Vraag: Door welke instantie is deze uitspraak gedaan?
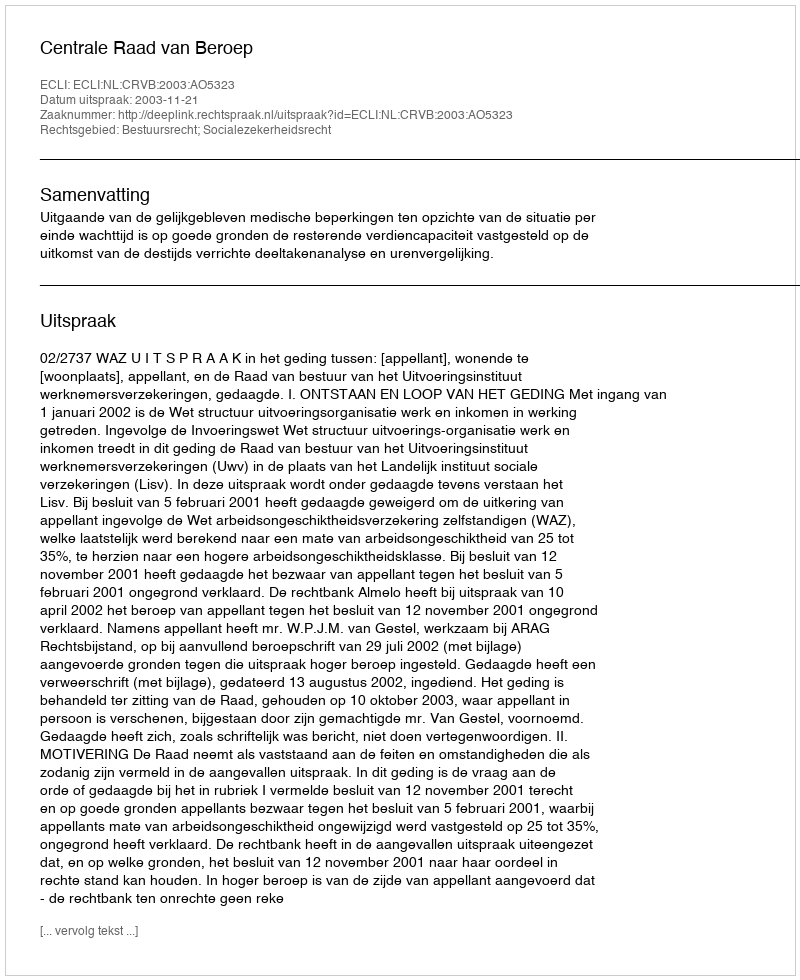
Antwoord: Centrale Raad van Beroep